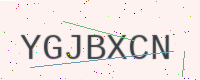
Text: YGJBXCN